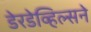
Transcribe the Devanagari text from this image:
डेरडेव्हिल्सने